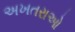
અખતરાઓ